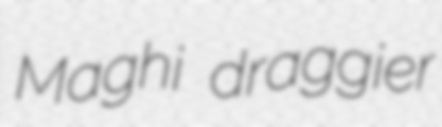
Maghi draggier